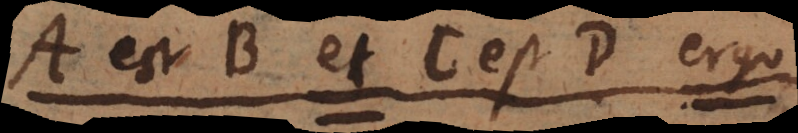
AB est C et AB est D. Ergo